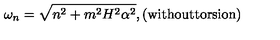
\omega _ { n } = \sqrt { n ^ { 2 } + m ^ { 2 } H ^ { 2 } \alpha ^ { 2 } } , \mathrm { ( w i t h o u t t o r s i o n ) }